Civil Veterinary Department. Madras. Admin. report 1926-33 - 1926-1933
Year: 1926
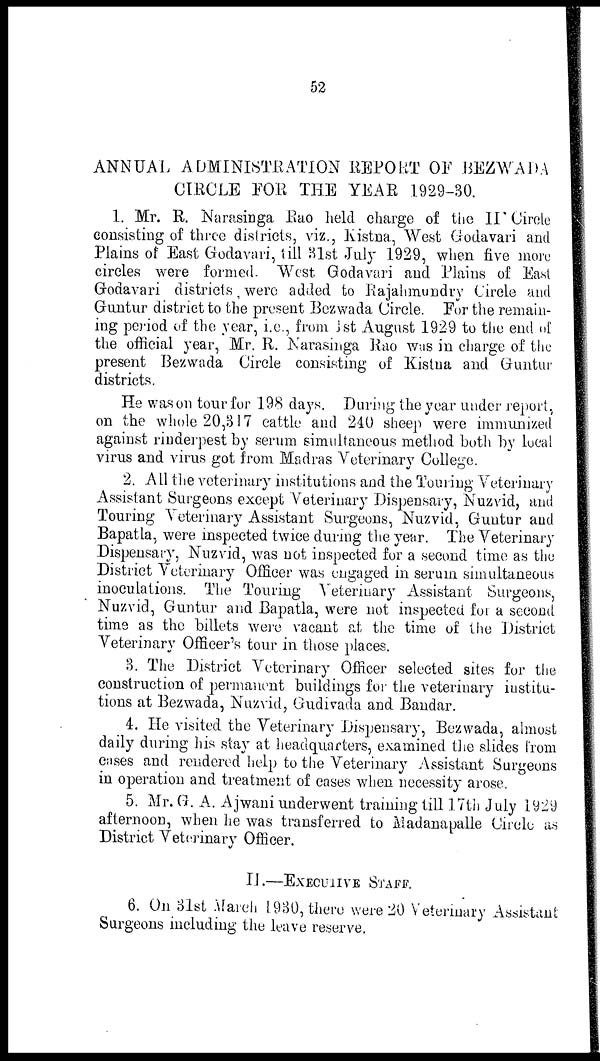
52
ANNUAL ADMINISTRATION REPORT OF BEZWADA
CIRCLE FOR THE YEAR 1929-30.
1. Mr. R. Narasinga Rao held charge of the II Circle
consisting of three districts, viz., Kistna, West Godavari and
Plains of East Godavari, till 31st July 1929, when five more
circles were formed. West Godavari and Plains of East
Godavari districts were added to Rajahmundry Circle and
Guntur district to the present Bezwada Circle. For the remain-
ing period of the year, i.e., from 1st August 1929 to the end of
the official year, Mr. R. Narasinga Rao was in charge of the
present Bezwada Circle consisting of Kistna and Guntur
districts.
He was on tour for 198 days. During the year under report,
on the whole 20,317 cattle and 240 sheep were immunized
against rinderpest by serum simultaneous method both by local
virus and virus got from Madras Veterinary College.
2. All the veterinary institutions and the Touring Veterinary
Assistant Surgeons except Veterinary Dispensary, Nuzvid, and
Touring Veterinary Assistant Surgeons, Nuzvid, Guntur and
Bapatla, were inspected twice during the year. The Veterinary
Dispensary, Nuzvid, was not inspected for a second time as the
District Veterinary Officer was engaged in serum simultaneous
inoculations. The Touring Veterinary Assistant Surgeons,
Nuzvid, Guntur and Bapatla, were not inspected for a second
time as the billets were vacant at the time of the District
Veterinary Officer's tour in those places.
3. The District Veterinary Officer selected sites for the
construction of permanent buildings for the veterinary institu-
tions at Bezwada, Nuzvid, Gudivada and Bandar.
4. He visited the Veterinary Dispensary, Bezwada, almost
daily during his stay at headquarters, examined the slides from
cases and rendered help to the Veterinary Assistant Surgeons
in operation and treatment of cases when necessity arose.
5. Mr. G. A. Ajwani underwent training till 17th July 1929
afternoon, when he was transferred to Madanapalle Circle as
District Veterinary Officer.
II.—EXECUTIVE STAFF.
6. On 31st March 1930, there were 20 Veterinary Assistant
Surgeons including the leave reserve.